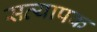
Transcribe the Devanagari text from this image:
सत्यापक